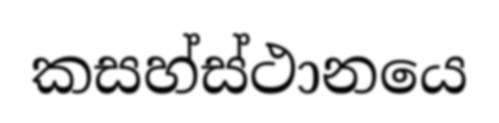
කසහ්ස්ථානයෙ